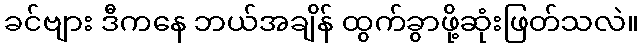
ခင်ဗျား ဒီကနေ ဘယ်အချိန် ထွက်ခွာဖို့ဆုံးဖြတ်သလဲ။